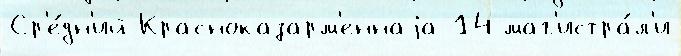
Ср'е́дн'ий Красноказарм'еннаjа 14 маг'истра́л'и